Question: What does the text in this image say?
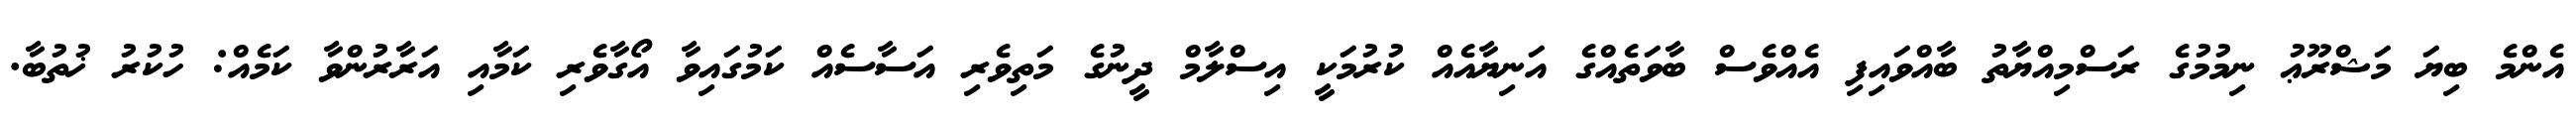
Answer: އެންމެ ބިޔަ މަޝްރޫޢު ނިމުމުގެ ރަސްމިއްޔާތު ބާއްވައިފި އެއްވެސް ބާވަތެއްގެ އަނިޔާއެއް ކުރުމަކީ އިސްލާމް ދީނުގެ މަތިވެރި އަސާސެއް ކަމުގައިވާ އޯގާވެރި ކަމާއި އަރާރުންވާ ކަމެއް: ހުކުރު ޚުތުބާ.